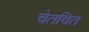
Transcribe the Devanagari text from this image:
चेतवित